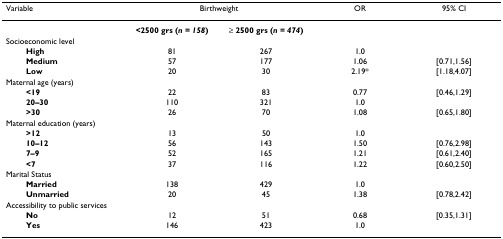
<table><thead><tr><td><b>Variable</b></td><td colspan="2"><b>Birthweight</b></td><td><b>OR</b></td><td><b>95% CI</b></td></tr></thead><tbody><tr><td></td><td><b>&lt;2500 grs (<i>n = 158</i>)</b></td><td><b>≥ 2500 grs (<i>n = 474</i>)</b></td><td></td><td></td></tr><tr><td>Socioeconomic level</td><td></td><td></td><td></td><td></td></tr><tr><td><b>High</b></td><td>81</td><td>267</td><td>1.0</td><td></td></tr><tr><td><b>Medium</b></td><td>57</td><td>177</td><td>1.06</td><td>[0.71,1.56]</td></tr><tr><td><b>Low</b></td><td>20</td><td>30</td><td>2.19*</td><td>[1.18,4.07]</td></tr><tr><td>Maternal age (years)</td><td></td><td></td><td></td><td></td></tr><tr><td><b>&lt;19</b></td><td>22</td><td>83</td><td>0.77</td><td>[0.46,1.29]</td></tr><tr><td><b>20–30</b></td><td>110</td><td>321</td><td>1.0</td><td></td></tr><tr><td><b>&gt;30</b></td><td>26</td><td>70</td><td>1.08</td><td>[0.65,1.80]</td></tr><tr><td>Maternal education (years)</td><td></td><td></td><td></td><td></td></tr><tr><td><b>&gt;12</b></td><td>13</td><td>50</td><td>1.0</td><td></td></tr><tr><td><b>10–12</b></td><td>56</td><td>143</td><td>1.50</td><td>[0.76,2.98]</td></tr><tr><td><b>7–9</b></td><td>52</td><td>165</td><td>1.21</td><td>[0.61,2.40]</td></tr><tr><td><b>&lt;7</b></td><td>37</td><td>116</td><td>1.22</td><td>[0.60,2.50]</td></tr><tr><td>Marital Status</td><td></td><td></td><td></td><td></td></tr><tr><td><b>Married</b></td><td>138</td><td>429</td><td>1.0</td><td></td></tr><tr><td><b>Unmarried</b></td><td>20</td><td>45</td><td>1.38</td><td>[0.78,2.42]</td></tr><tr><td>Accessibility to public services</td><td></td><td></td><td></td><td></td></tr><tr><td><b>No</b></td><td>12</td><td>51</td><td>0.68</td><td>[0.35,1.31]</td></tr><tr><td><b>Yes</b></td><td>146</td><td>423</td><td>1.0</td><td></td></tr></tbody></table>